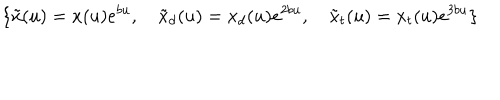
\{ \tilde { x } ( u ) = x ( u ) e ^ { b u } , \quad \tilde { x } _ { d } ( u ) = x _ { d } ( u ) e ^ { 2 b u } , \quad \tilde { x } _ { t } ( u ) = x _ { t } ( u ) e ^ { 3 b u } \}